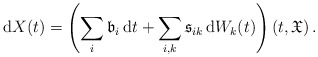
\begin{align*}\mathrm{d}X(t) = \left(\sum_i \mathfrak{b}_i\, \mathrm{d}t + \sum_{i,k} \mathfrak{s}_{ik}\, \mathrm{d}W_k(t)\right)(t,\mathfrak{X})\,.\end{align*}